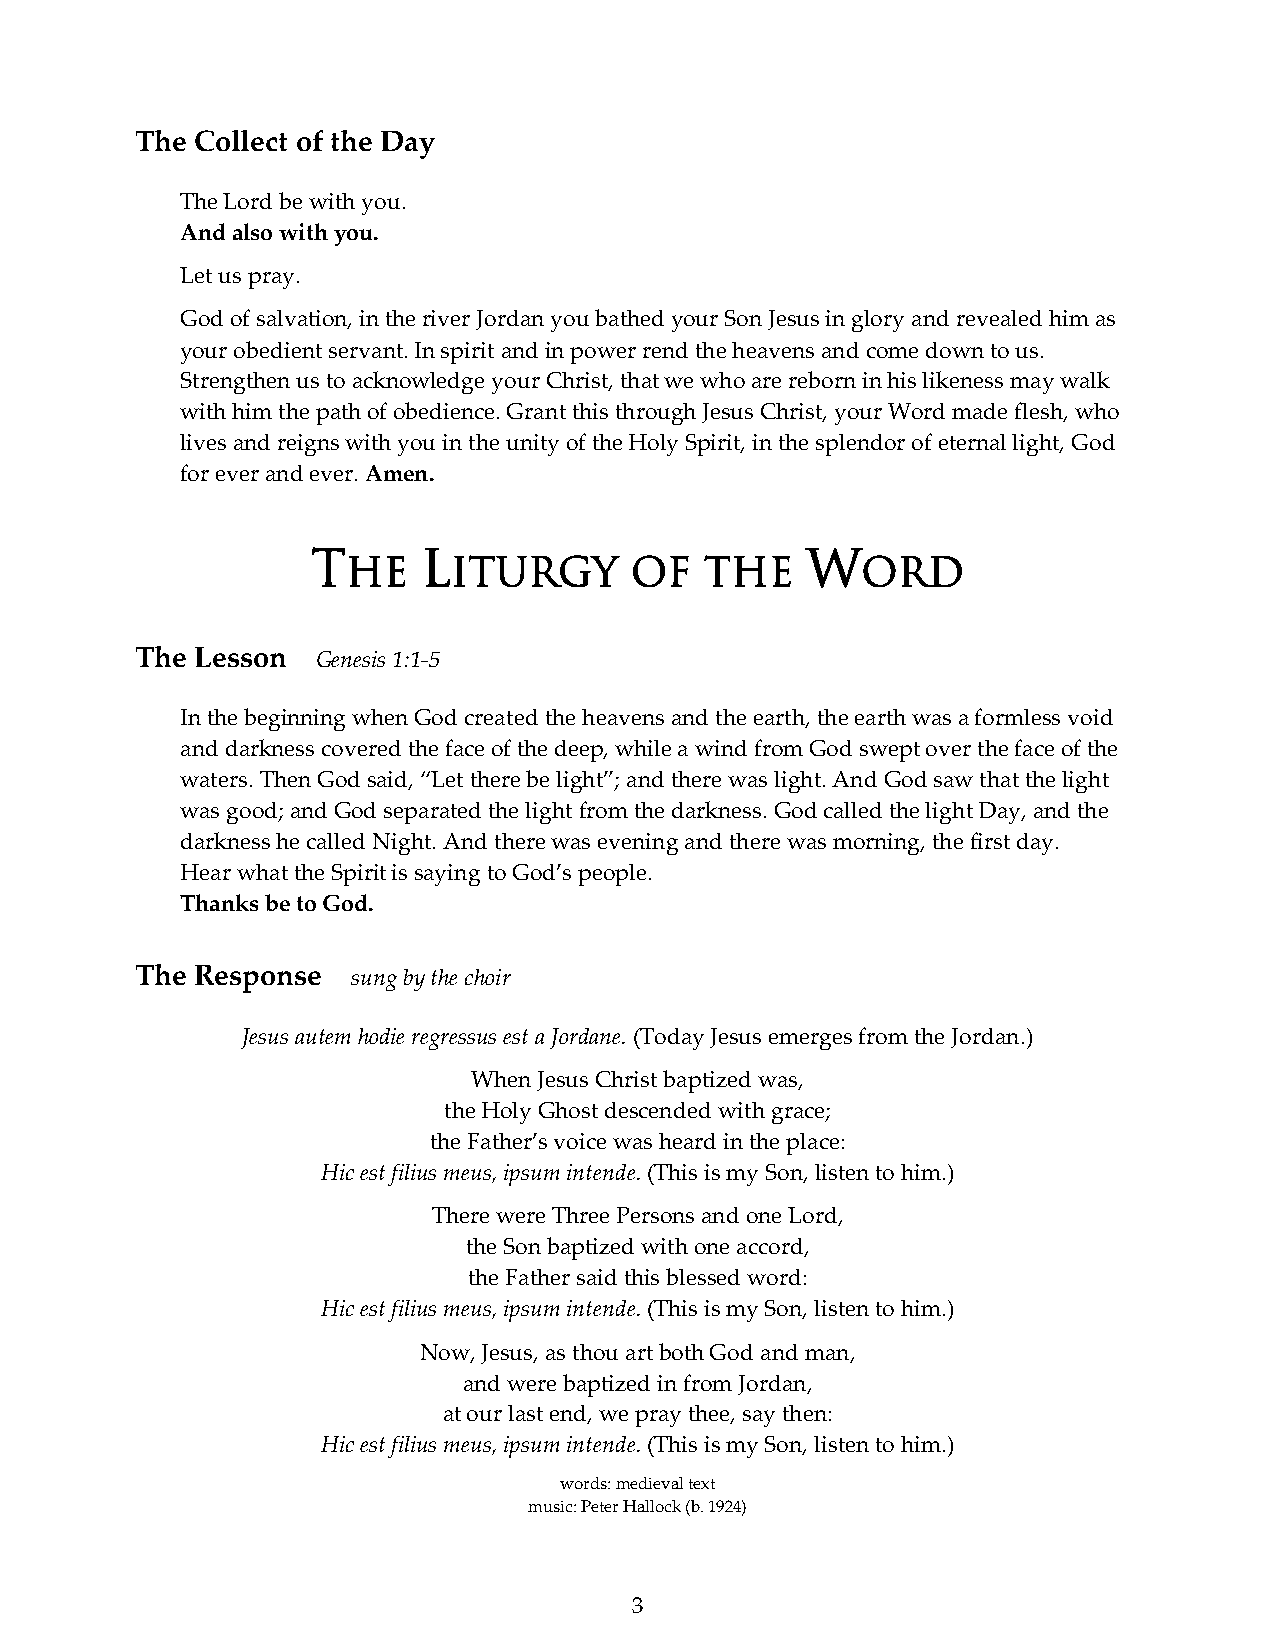
The Collect of the Day
 The Lord be with you.
 And also with you.
 Let us pray.
 God of salvation, in the river Jordan you bathed your Son Jesus in glory and revealed him as
 your obedient servant. In spirit and in power rend the heavens and come down to us.
 Strengthen us to acknowledge your Christ, that we who are reborn in his likeness may walk
 with him the path of obedience. Grant this through Jesus Christ, your Word made flesh, who
 lives and reigns with you in the unity of the Holy Spirit, in the splendor of eternal light, God
 for ever and ever. Amen.
 T      L                        W
 HE     ITURGY      OF   THE       ORD
 The Lesson  Genesis 1:1-5
 In the beginning when God created the heavens and the earth, the earth was a formless void
 and darkness covered the face of the deep, while a wind from God swept over the face of the
 waters. Then God said, “Let there be light”; and there was light. And God saw that the light
 was good; and God separated the light from the darkness. God called the light Day, and the
 darkness he called Night. And there was evening and there was morning, the first day.
 Hear what the Spirit is saying to God’s people.
 Thanks be to God.
 The Response  sung by the choir
 Jesus autem hodie regressus est a Jordane. (Today Jesus emerges from the Jordan.)
 When Jesus Christ baptized was,
 the Holy Ghost descended with grace;
 the Father’s voice was heard in the place:
 Hic est filius meus, ipsum intende. (This is my Son, listen to him.)
 There were Three Persons and one Lord,
 the Son baptized with one accord,
 the Father said this blessed word:
 Hic est filius meus, ipsum intende. (This is my Son, listen to him.)
 Now, Jesus, as thou art both God and man,
 and were baptized in from Jordan,
 at our last end, we pray thee, say then:
 Hic est filius meus, ipsum intende. (This is my Son, listen to him.)
 words: medieval text
 music: Peter Hallock (b. 1924)
 3